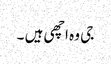
جی وہ اچھی ہیں ۔